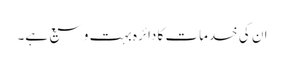
ان کی خدمات کا دائرہ بہت وسیع ہے۔